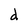
Character: d